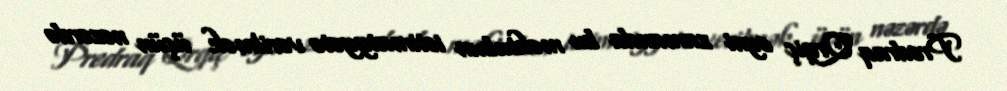
Predraq Qrqiç eyni zamanda bu məktubun ictimaiyyətə verilmək üçün nəzərdə